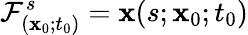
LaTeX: \mathcal{F}_{(\mathbf{x}_{0};t_{0})}^{s}=\mathbf{x}(s;\mathbf{x}_{0};t_{0})